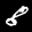
Label: 8